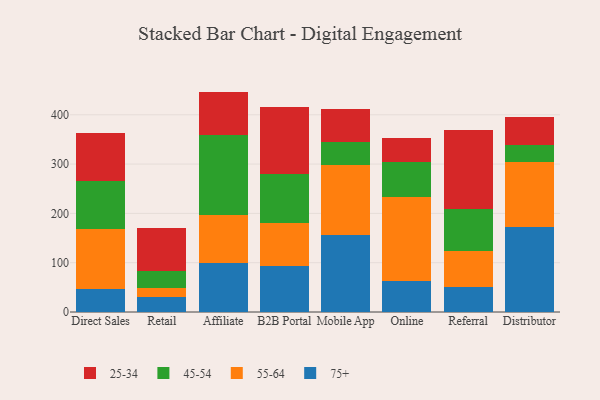
{"axis": {"x": "Channel", "y": "Operating Costs (USD K)"}, "legend": ["25-34", "45-54", "55-64", "75+"], "data": [{"x": "Direct Sales", "y": 47.6, "type": "75+"}, {"x": "Direct Sales", "y": 120.7, "type": "55-64"}, {"x": "Direct Sales", "y": 98.3, "type": "45-54"}, {"x": "Direct Sales", "y": 96.2, "type": "25-34"}, {"x": "Retail", "y": 30.5, "type": "75+"}, {"x": "Retail", "y": 19.0, "type": "55-64"}, {"x": "Retail", "y": 33.8, "type": "45-54"}, {"x": "Retail", "y": 86.9, "type": "25-34"}, {"x": "Affiliate", "y": 98.5, "type": "75+"}, {"x": "Affiliate", "y": 97.4, "type": "55-64"}, {"x": "Affiliate", "y": 164.0, "type": "45-54"}, {"x": "Affiliate", "y": 87.1, "type": "25-34"}, {"x": "B2B Portal", "y": 94.2, "type": "75+"}, {"x": "B2B Portal", "y": 85.6, "type": "55-64"}, {"x": "B2B Portal", "y": 99.8, "type": "45-54"}, {"x": "B2B Portal", "y": 136.3, "type": "25-34"}, {"x": "Mobile App", "y": 156.0, "type": "75+"}, {"x": "Mobile App", "y": 141.5, "type": "55-64"}, {"x": "Mobile App", "y": 48.2, "type": "45-54"}, {"x": "Mobile App", "y": 66.0, "type": "25-34"}, {"x": "Online", "y": 61.9, "type": "75+"}, {"x": "Online", "y": 170.8, "type": "55-64"}, {"x": "Online", "y": 70.9, "type": "45-54"}, {"x": "Online", "y": 50.2, "type": "25-34"}, {"x": "Referral", "y": 49.9, "type": "75+"}, {"x": "Referral", "y": 74.6, "type": "55-64"}, {"x": "Referral", "y": 84.5, "type": "45-54"}, {"x": "Referral", "y": 159.2, "type": "25-34"}, {"x": "Distributor", "y": 172.2, "type": "75+"}, {"x": "Distributor", "y": 131.2, "type": "55-64"}, {"x": "Distributor", "y": 36.1, "type": "45-54"}, {"x": "Distributor", "y": 56.7, "type": "25-34"}]}